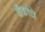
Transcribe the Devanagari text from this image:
बॅंकांचे